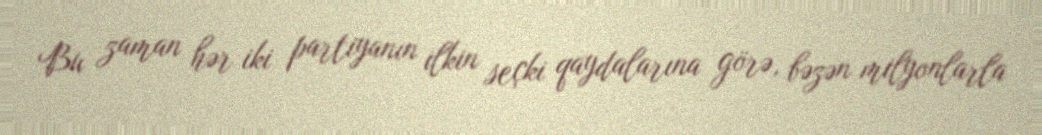
Bu zaman hər iki partiyanın ilkin seçki qaydalarına görə, bəzən milyonlarla